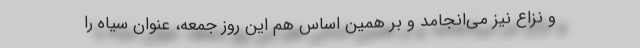
و نزاع نیز می‌انجامد و بر همین اساس هم این روز جمعه، عنوان سیاه را